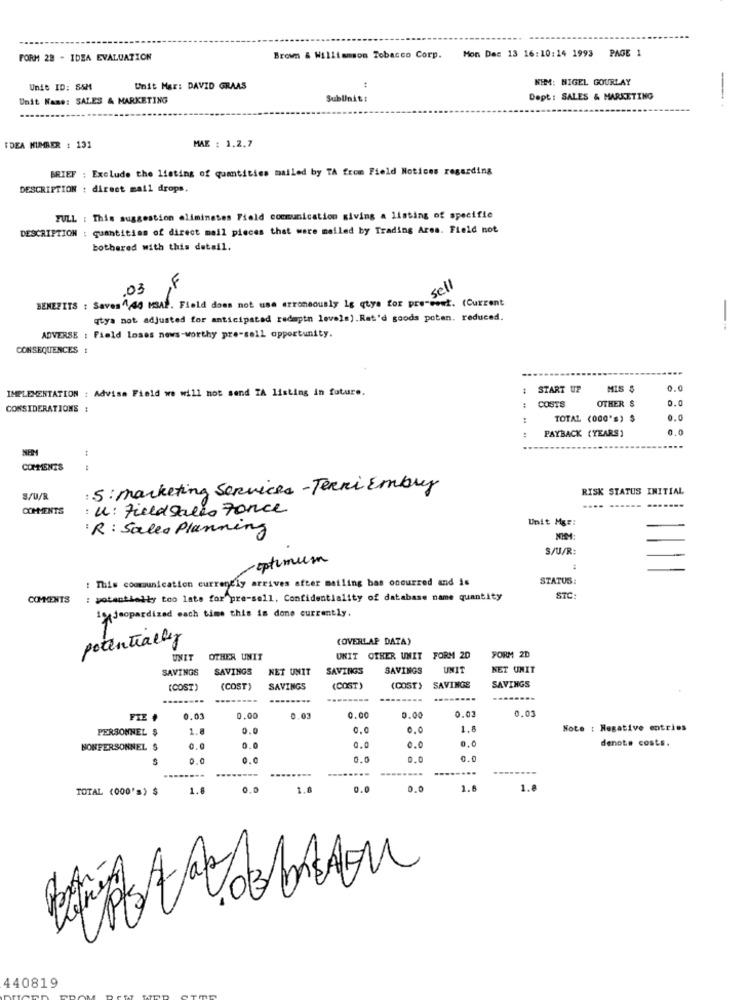
Mon Das 13 16:10:14 1993 PAGE 1
FORM 28 - IDEA EVALUATION
Brown & Williamson Tobacco Corp.
KIM: NIGEL GOURLAY
Unit ID: 85M
Unit Max: DAVID GRAAS
Unit Name: SALES & MARKETING
SubUnit:
Dept: SALES & MARKETING
--
TDEA NUMBER : 131
MAX : 1.2.7
BRIEF : Exclude the listing of quantities mailed by TA from Field Notices regarding
DESCRIPTION : direct mail drops.
FULL : This suggestion eliminates Field communication giving a listing of specifie
DESCRIPTION : quantities of direct mail pieces that were mailed by Trading Area. Field not
bothered with this detail.
.03
sell
BENEFITS : Saves 1,40 MSAL. Field does not use erroneously is gtys for pre-conk. (Current
qtys not adjusted for anticipated redagtn levels). Rat'd goods potan. reduced.
--
ADVERSE : Field loses news-worthy pre-sell opportunity.
CONSEQUENCES
IMPLEMENTATION : Advise Field we will not send IA listing in future.
START UP
MIS &
0.0
OTHER &
0.0
CONSIDERATIONS :
:
COSTS
:
TOTAL (000's) $
0.0
0.0
PAYBACK (YEARS)
COMMENTS
: 5: marketing Services - Terni Embry
RISK STATUS INITIAL
S/U/R
....
... ....
COMMENTS
: u: FieldSales Fonce
Unit Mgr:
: R : Sales Planning
S/U/R:
-optimum
: This communication currently arrives after mailing has occurred and is
STATUS:
COMMENTS
: potentielty too late for pre-sell, Confidentiality of database name quantity
STC:
1*Jeopardized each time this is done currently.
potentially
(OVERLAP DATA)
UNIT
OTHER UNIT
UNIT OTHER UNIT FORM 20
FORM 2D
SAVINGS
SAVINGS
NET UNIT
SAVINGS
SAVINGS
UNIT
KET UNIT
SAVINGS
(COST)
(COST)
SAVINGS
(COST)
(COST)
SAVINGE
........
----
0.03
FIE +
0.03
0.00
0.03
0.00
0.00
0.03
PERSONNEL $
1.8
0.0
0.0
1.8
Note : Negative entries
0.0
denote costs.
BONPERSONNEL S
0.0
0.0
0.0
0.0
O.c
0.0
0.0
0.0
....
...
TOTAL (000's) $
1.8
1.8
0.0
0.0
1.6
1.8
2
Proth.
3
440819